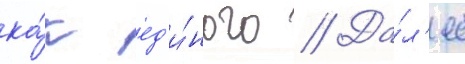
ка́к ед'и́ного // Да́л'ее